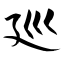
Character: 廵